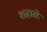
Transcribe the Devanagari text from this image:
शहाळे